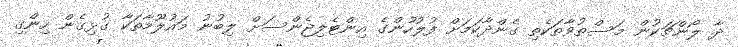
ދާ ލޯންޗަކުން މަސްތުވާތަކެތި ގެންދާކަމަށް ފުލުހުންގެ އިންޓެލިޖެންސަށް ލިބުނު މައުލޫމާތަކާ ގުޅިގެން ހިންގި